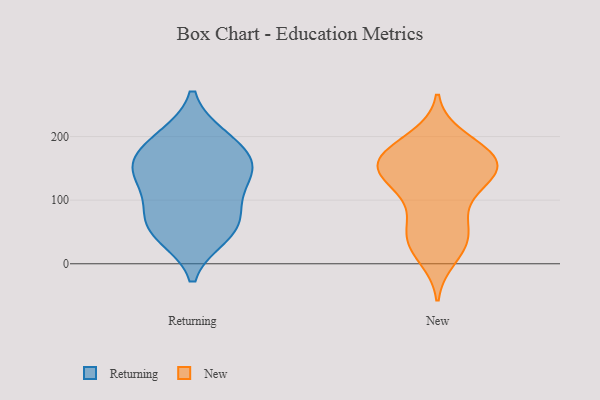
{"axis": {"x": "Conversion Rate (%)", "y": "Value"}, "legend": ["New", "Returning"], "data": [{"x": "", "y": 197, "type": "Returning"}, {"x": "", "y": 87, "type": "Returning"}, {"x": "", "y": 144, "type": "Returning"}, {"x": "", "y": 52, "type": "Returning"}, {"x": "", "y": 141, "type": "Returning"}, {"x": "", "y": 154, "type": "Returning"}, {"x": "", "y": 172, "type": "Returning"}, {"x": "", "y": 89, "type": "Returning"}, {"x": "", "y": 199, "type": "Returning"}, {"x": "", "y": 44, "type": "Returning"}, {"x": "", "y": 55, "type": "Returning"}, {"x": "", "y": 141, "type": "Returning"}, {"x": "", "y": 58, "type": "New"}, {"x": "", "y": 165, "type": "New"}, {"x": "", "y": 33, "type": "New"}, {"x": "", "y": 92, "type": "New"}, {"x": "", "y": 197, "type": "New"}, {"x": "", "y": 28, "type": "New"}, {"x": "", "y": 142, "type": "New"}, {"x": "", "y": 66, "type": "New"}, {"x": "", "y": 187, "type": "New"}, {"x": "", "y": 145, "type": "New"}, {"x": "", "y": 165, "type": "New"}, {"x": "", "y": 178, "type": "New"}, {"x": "", "y": 38, "type": "New"}, {"x": "", "y": 11, "type": "New"}, {"x": "", "y": 133, "type": "New"}, {"x": "", "y": 120, "type": "New"}, {"x": "", "y": 161, "type": "New"}, {"x": "", "y": 142, "type": "New"}, {"x": "", "y": 165, "type": "New"}, {"x": "", "y": 144, "type": "New"}]}